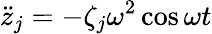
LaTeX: \ddot{z}_{j}=-\zeta_{j}\omega^{2}\cos\omega t